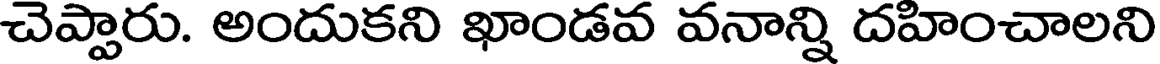
చెప్పారు. అందుకని ఖాండవ వనాన్ని దహించాలని